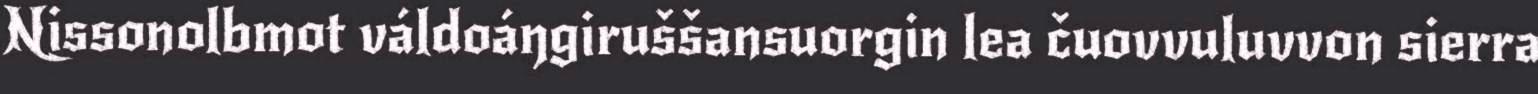
Nissonolbmot váldoáŋgiruššansuorgin lea čuovvuluvvon sierra